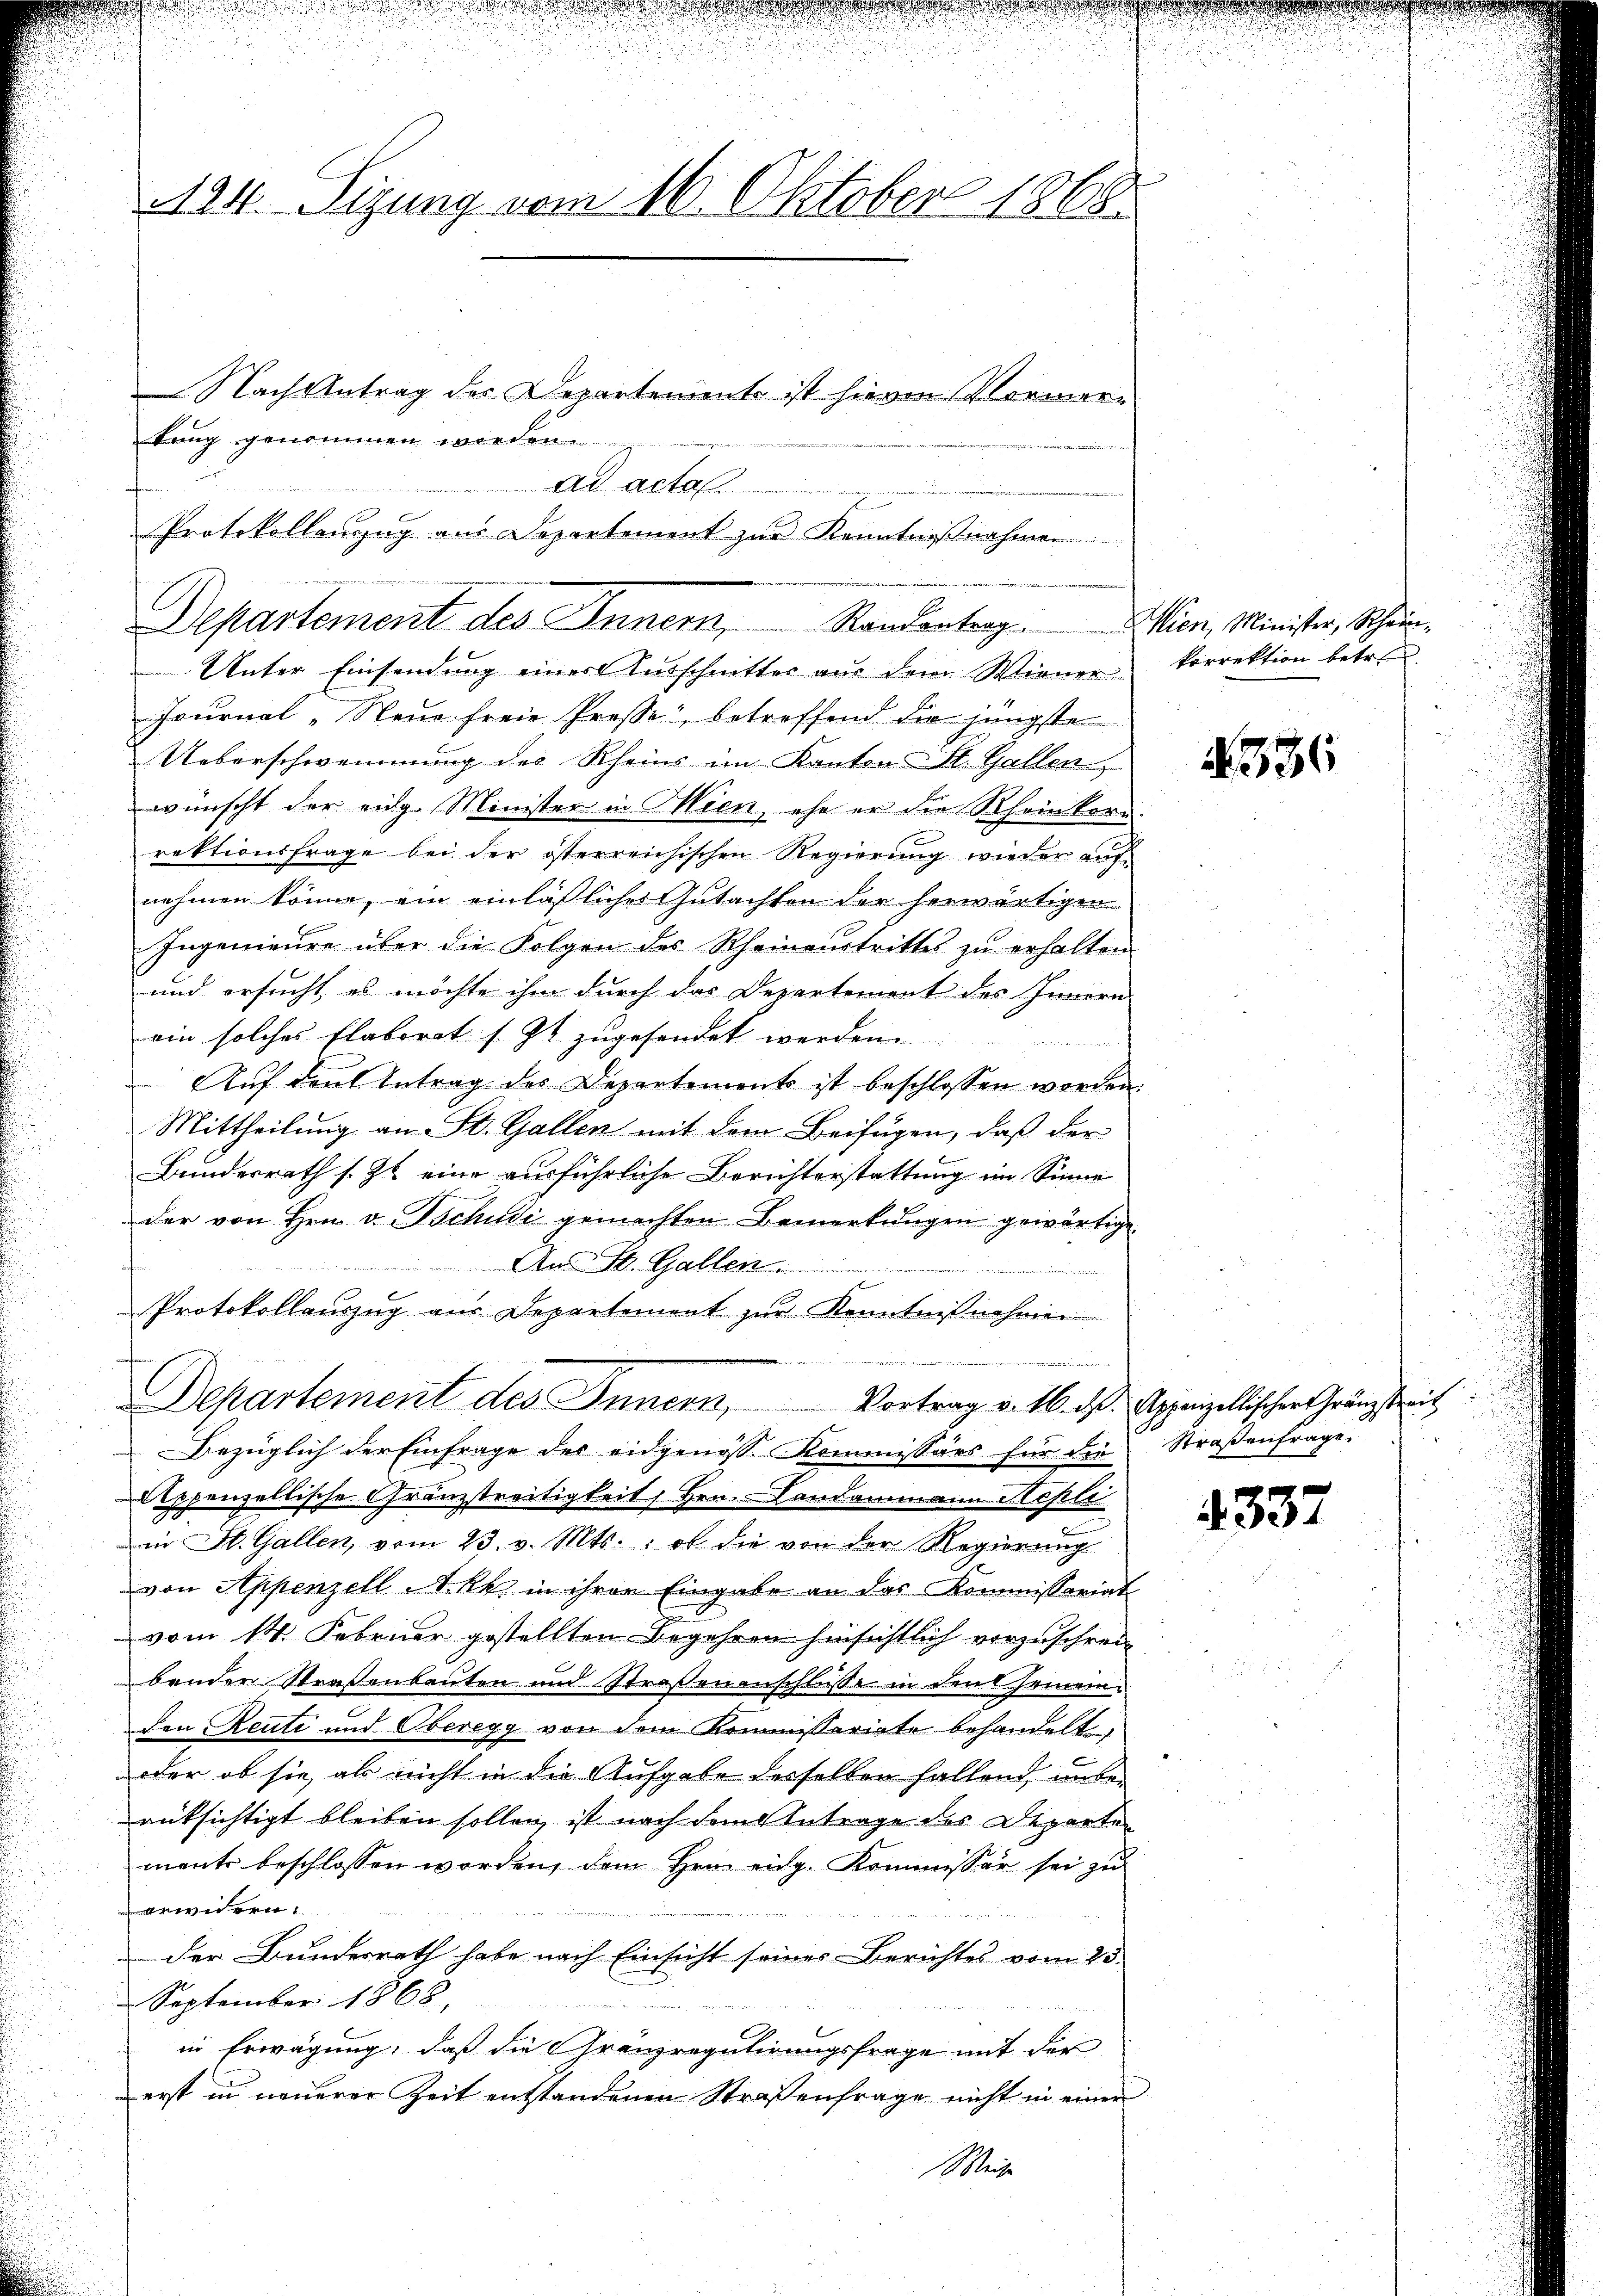
124. Sizung vom 16. Oktober 1868
Nach Antrag des Departemente ist hievon Vormerbring genommen worden.
Ad actal

Protokollanzug aus Departement zur Kenntnißnahmen

Departement des Innern, Randantrag. Wien, Minister, Schei¬
Unter Einsendung einer Ausschmitter aus dem Wiener korrektion betren

Journal -Neue freie Prosse, betreffend die jüngste
Ueberschwemmung des Rheins im Kanton St. Gallen
wünscht der eidg. Minister in Wien, ehe er die Rheinkorn
rektionsfrage bei der österreichischen Regierung wieder auf
nehmen könne, ein einläßliches Gutachten der herwärtigen
Ingenieŭr über die Folgen des Rheinaustrittes zŭ erhalten.
und ersucht, es möchte ihm durch das Departement des Innern
ein solches Elaborat s. Zt. zugesendet werden.

Auf der Antrag des Departements ist beschlossen worden
Mittheilung an St. Gallen mit dem Beifügen, daß der
Bundesrath s. Zt. eine ausführliche Berichterstattung im Sinne
der von Hrn. v. Tschudi gemachten Bemerkungen gewärtige
An St. Gallen.
Protokollauszug aus Departement zur Kenntnißnahme
e
Departement des Innern,
Vortrag v. 16. d. Appenzellischer Gränzstreit
Bezüglich der Einfrage des eidgenöss. Kommissärs für die Straβenfrage.
Appenzellische Gränzstreitigkeit, Hrn. Landammann Kehlei
in St. Gallen, vom 23. v. Mts.: ob die von der Regierŭng
von Appenzell A. kk. in ihrer Eingabe an das Kommissariat
vom 14. Februar gestellten Begehren hinsichtlich vorzuschrei
bender Straßenbauten und Straßenanschlüsse in den Gemeinden Reute und Oberegg von dem Kommissariate behandelt,
oder ob sie, als nicht in die Aufgabe desselben fallend unberücksichtigt bleiben sollen, ist nach dem Antrage des Departen
ments beschlossen worden, dem Hrn. eidg. Kommissor sei zu
arwidern,
Der Bundesrath habe nach Einsicht seiner Berichtes vom 25.
September 1868.
in Erwägung, daß die Gränzregulirungsfrage mit der
erst in neuerer Zeit entstandenen Straßenfrage nicht in einer
Mai

336

4337